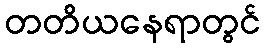
တတိယနေရာတွင်